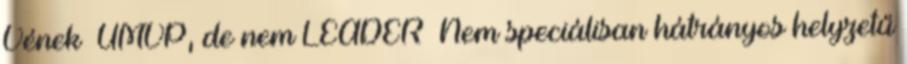
Vének ▪ÚMVP, de nem LEADER ▪Nem speciálisan hátrányos helyzetű